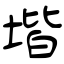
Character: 堦